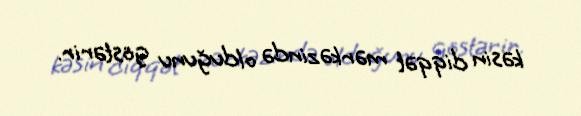
kəsin diqqət mərkəzində olduğunu göstərir.